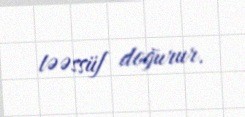
təəssüf doğurur.